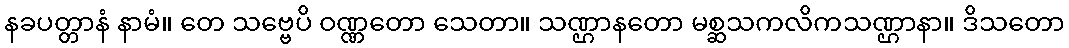
နခပတ္တာနံ နာမံ။ တေ သဗ္ဗေပိ ဝဏ္ဏတော သေတာ။ သဏ္ဌာနတော မစ္ဆသကလိကသဏ္ဌာနာ။ ဒိသတော